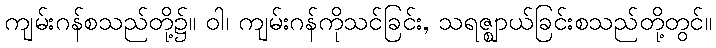
ကျမ်းဂန်စသည်တို့၌။ ဝါ၊ ကျမ်းဂန်ကိုသင်ခြင်း, သရဇ္ဈာယ်ခြင်းစသည်တို့တွင်။